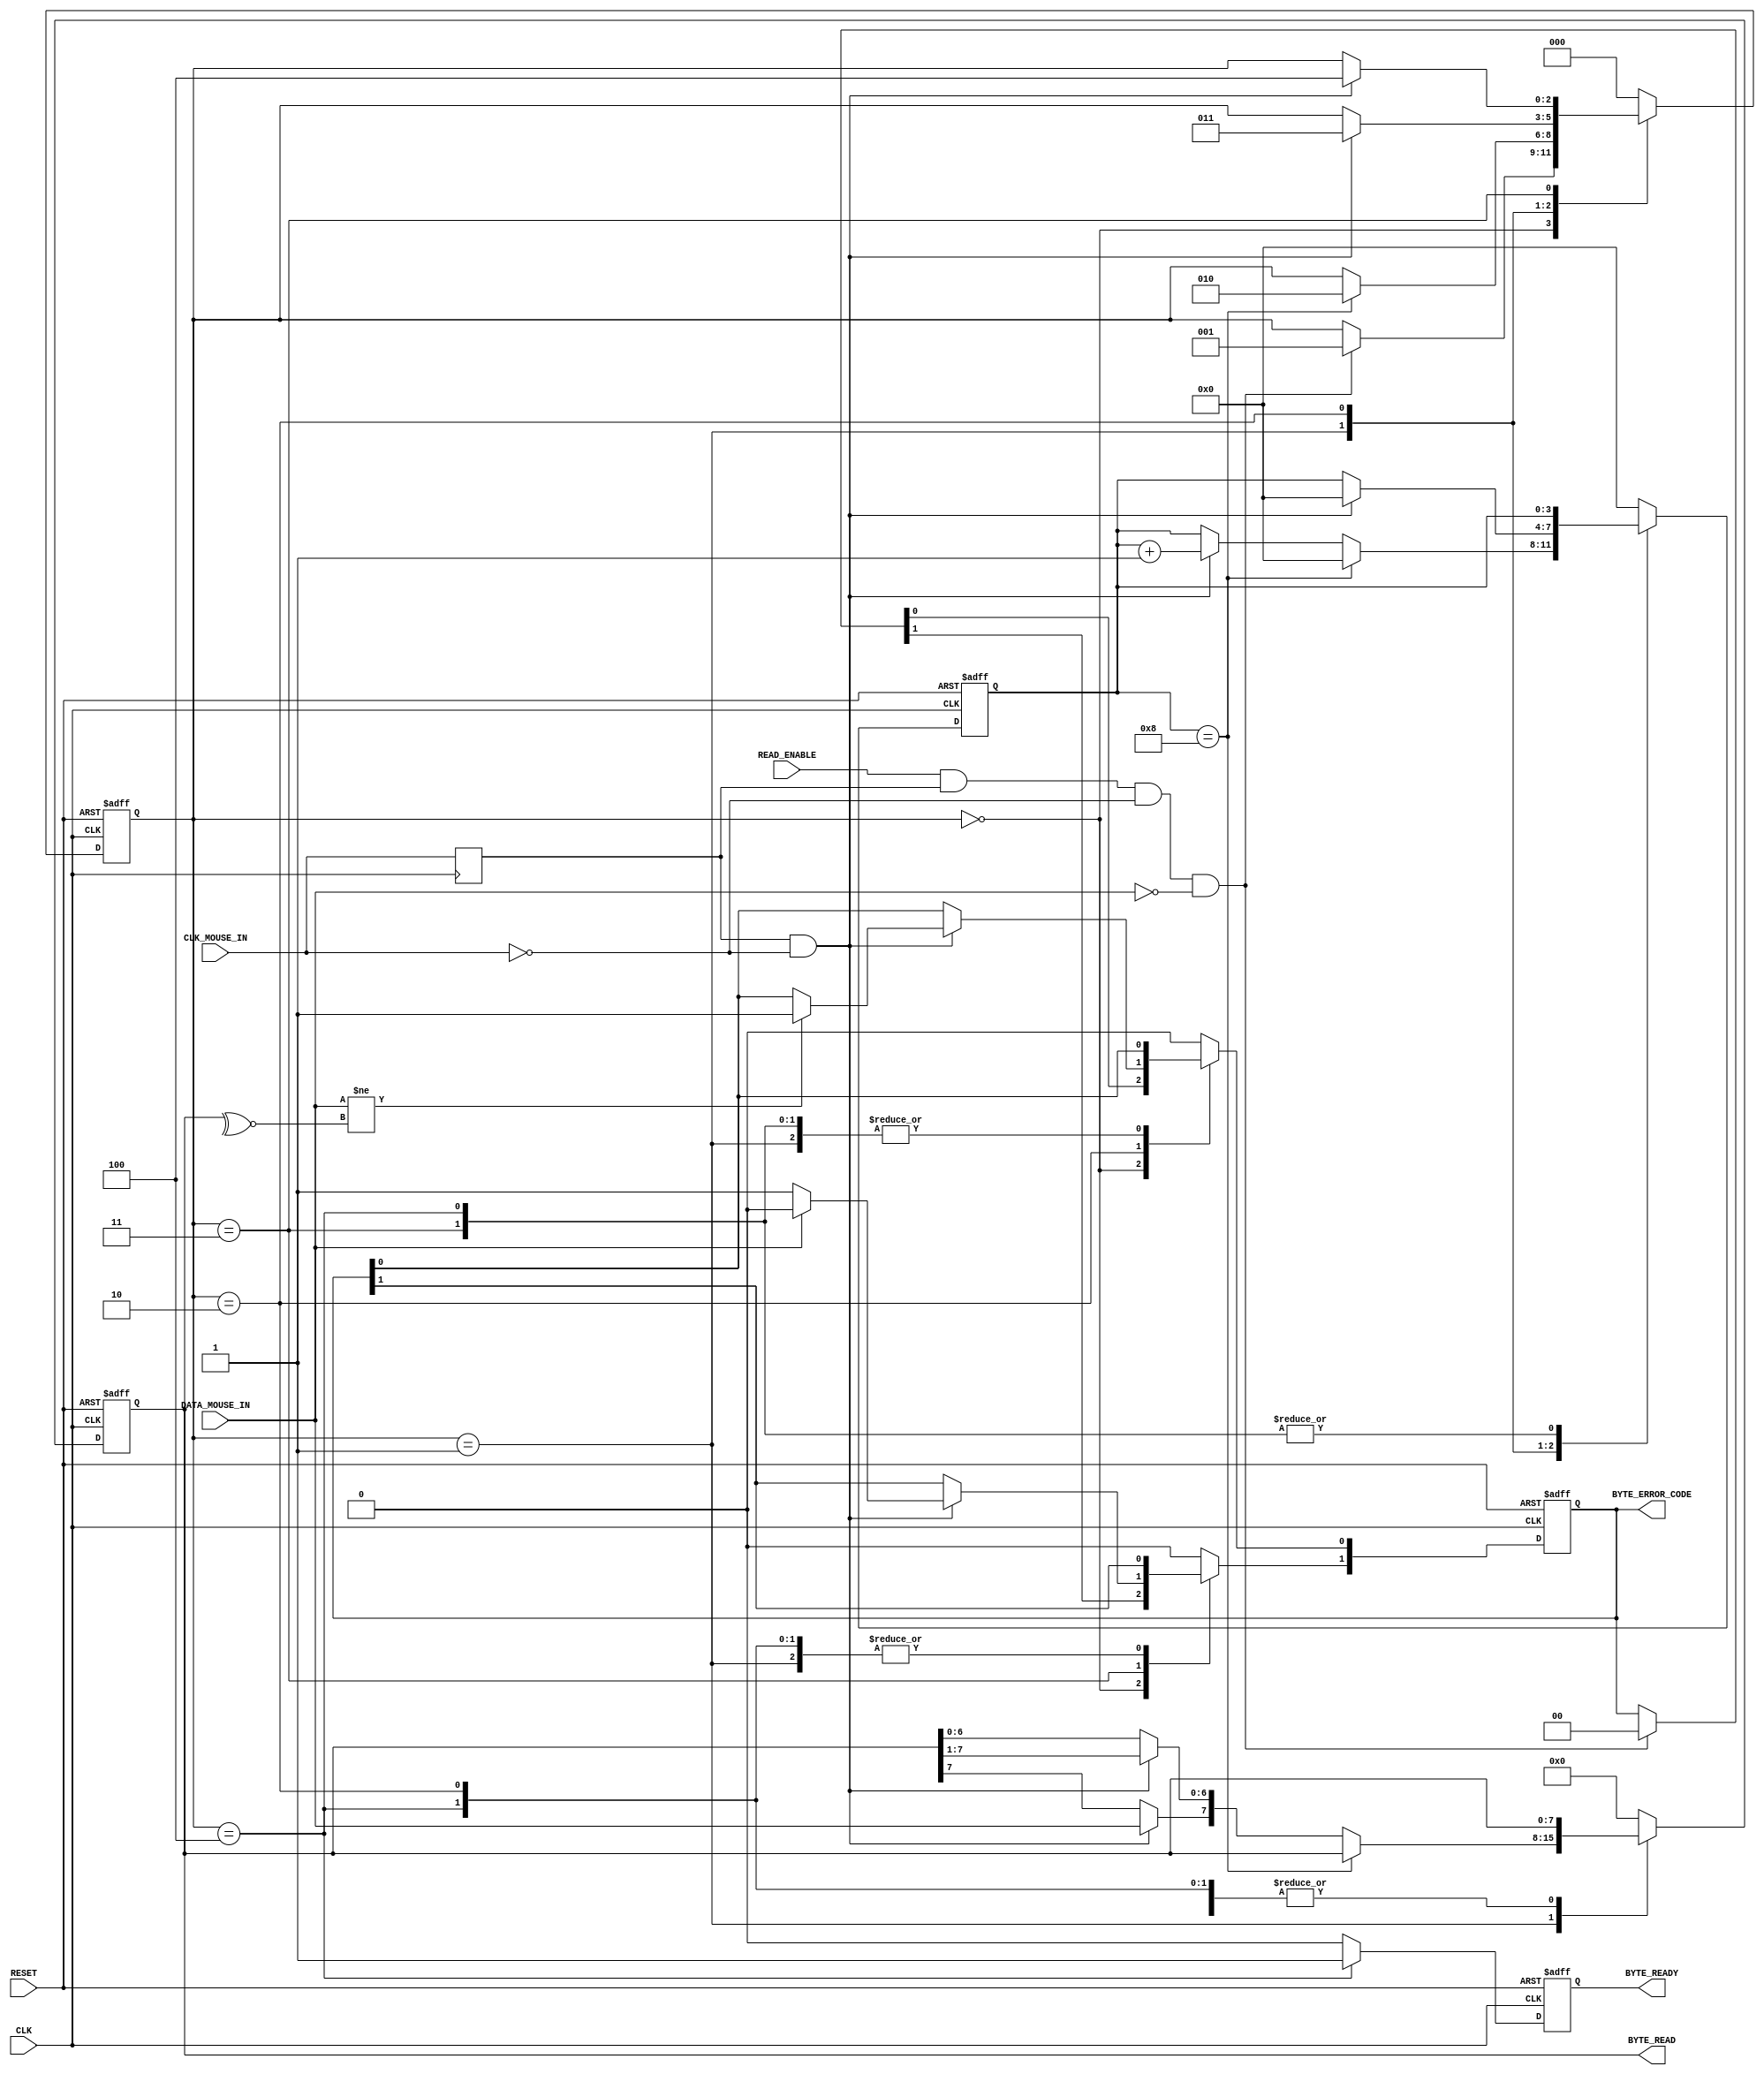
`timescale 1ns / 1ps
//////////////////////////////////////////////////////////////////////////////////
// Company: The University of Edinburgh
// 
// Design Name: 
// Module Name: MouseReceiver 
// Project Name: 
// Target Devices: 
// Tool Versions: 
// Description: 
//
// Dependencies: 
//
// Revision: 
// Revision 0.01 - File Created
// Additional Comments:
//
//////////////////////////////////////////////////////////////////////////////////


module MouseReceiver (
    // Standard Inputs
    input CLK,
    input RESET,
    // Mouse IO
    input CLK_MOUSE_IN,
    input DATA_MOUSE_IN,
    // Control
    input READ_ENABLE,
    output [7:0] BYTE_READ,
    output [1:0] BYTE_ERROR_CODE,
    output BYTE_READY
);


    parameter T_TIMEOUT = 100000;


    reg CLK_MOUSE_SYNC;
    always @(posedge CLK) begin
        CLK_MOUSE_SYNC <= CLK_MOUSE_IN;
    end


    reg [2:0] curr_state, next_state;
    reg [7:0] curr_MSShiftReg, next_MSShiftReg;
    reg [3:0] curr_bitCtr, next_bitCtr;
    reg curr_byteReceived, next_byteReceived;
    reg [1:0] curr_MSStatus, next_MSStatus;
    reg [15:0] curr_timeoutCtr, next_timeoutCtr;

    // Sequential
    always @(posedge CLK or posedge RESET) begin
        if (RESET) begin
            curr_state <= 0;
            curr_MSShiftReg <= 8'h00;
            curr_bitCtr <= 0;
            curr_byteReceived <= 1'b0;
            curr_MSStatus <= 2'b00;
            curr_timeoutCtr <= 0;
        end
        else begin
            curr_state <= next_state;
            curr_MSShiftReg <= next_MSShiftReg;
            curr_bitCtr <= next_bitCtr;
            curr_byteReceived <= next_byteReceived;
            curr_MSStatus <= next_MSStatus;
            curr_timeoutCtr <= next_timeoutCtr;
        end
    end

    // Combinational
    always @(*) begin
        next_state = curr_state;
        next_MSShiftReg = curr_MSShiftReg;
        next_bitCtr = curr_bitCtr;
        next_byteReceived = 1'b0;
        next_MSStatus = curr_MSStatus;
        next_timeoutCtr = curr_timeoutCtr + 1;
        
        case (curr_state)
            0 : begin
                if (READ_ENABLE & CLK_MOUSE_SYNC & ~CLK_MOUSE_IN & ~DATA_MOUSE_IN) begin
                    next_state = 1;
                    next_MSStatus = 2'b00;
                end
                next_bitCtr = 0;
            end
            1 : begin
                if (curr_timeoutCtr == T_TIMEOUT) begin // 1ms timeout
                    next_state = 0;
                end
                else if(curr_bitCtr == 8) begin
                    next_state = 2;
                    next_bitCtr = 0;
                end
                else if (CLK_MOUSE_SYNC & ~CLK_MOUSE_IN) begin
                    next_MSShiftReg[6:0] = curr_MSShiftReg[7:1];
                    next_MSShiftReg[7] = DATA_MOUSE_IN;
                    next_bitCtr = curr_bitCtr + 1;
                    next_timeoutCtr = 0;
                end
            end
            2 : begin
                if (curr_timeoutCtr == T_TIMEOUT) begin
                    next_state = 0;
                end
                else if (CLK_MOUSE_SYNC & ~CLK_MOUSE_IN) begin
                    if (DATA_MOUSE_IN != (~^curr_MSShiftReg[7:0])) begin // parity bit error
                        next_MSStatus[0] = 1'b1;
                    end
                    next_state = 3;
                    next_bitCtr = 0;
                    next_timeoutCtr = 0;
                end
            end
            3 : begin
                if (curr_timeoutCtr == T_TIMEOUT) begin
                    next_state = 0;
                end
                else if (CLK_MOUSE_SYNC & ~CLK_MOUSE_IN) begin
                    if (DATA_MOUSE_IN) begin
                        next_MSStatus[1] = 1'b0;
                    end
                    else begin // stop bit missing
                        next_MSStatus[1] = 1'b1;
                    end
                    next_state = 4;
                    next_timeoutCtr = 0;
                end
            end
            4 : begin
                next_byteReceived = 1'b1;
                next_state = 0;
            end
            default : begin
                next_state = 0;
                next_MSShiftReg = 8'h00;
                next_bitCtr = 0;
                next_byteReceived = 1'b0;
                next_MSStatus = 2'b00;
                next_timeoutCtr = 0;
            end
        endcase
    end


    assign BYTE_READY = curr_byteReceived;
    assign BYTE_READ = curr_MSShiftReg;
    assign BYTE_ERROR_CODE = curr_MSStatus;

endmodule